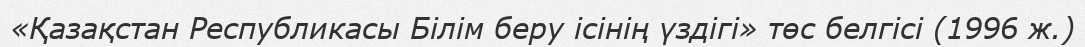
«Қазақстан Республикасы Білім беру ісінің үздігі» төс белгісі (1996 ж.)